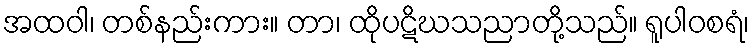
အထဝါ၊ တစ်နည်းကား။ တာ၊ ထိုပဋိဃသညာတို့သည်။ ရူပါဝစရံ၊